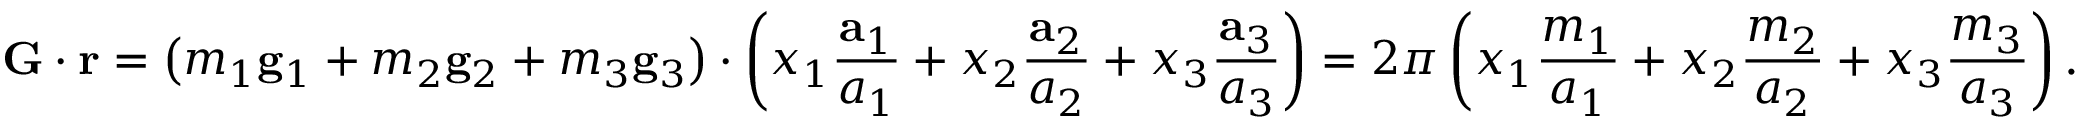
\mathbf { G } \cdot \mathbf { r } = \left( m _ { 1 } \mathbf { g } _ { 1 } + m _ { 2 } \mathbf { g } _ { 2 } + m _ { 3 } \mathbf { g } _ { 3 } \right) \cdot \left( x _ { 1 } { \frac { \mathbf { a } _ { 1 } } { a _ { 1 } } } + x _ { 2 } { \frac { \mathbf { a } _ { 2 } } { a _ { 2 } } } + x _ { 3 } { \frac { \mathbf { a } _ { 3 } } { a _ { 3 } } } \right) = 2 \pi \left( x _ { 1 } { \frac { m _ { 1 } } { a _ { 1 } } } + x _ { 2 } { \frac { m _ { 2 } } { a _ { 2 } } } + x _ { 3 } { \frac { m _ { 3 } } { a _ { 3 } } } \right) .